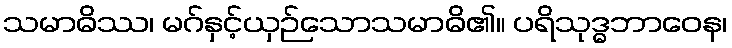
သမာဓိဿ၊ မဂ်နှင့်ယှဉ်သောသမာဓိ၏။ ပရိသုဒ္ဓဘာဝေန၊